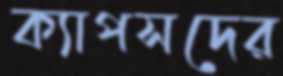
ক্যাপসদের